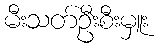
မီးသတ်ဦးစီးမှူး